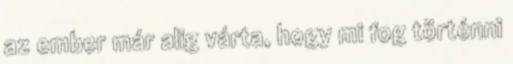
az ember már alig várta, hogy mi fog történni